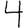
Digit: 4